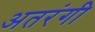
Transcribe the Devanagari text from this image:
अतरंगी